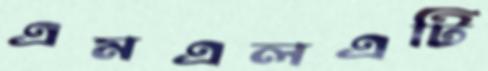
এমএলএটি